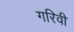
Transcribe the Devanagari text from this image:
गरिवी